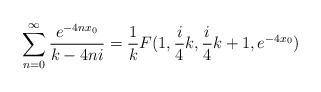
\begin{align*}\sum_{n=0}^{\infty}\frac{e^{-4nx_{0}}}{k-4ni} =\frac{1}{k} F(1,\frac{i}{4}k,\frac{i}{4}k+1,e^{-4x_{0}})\end{align*}